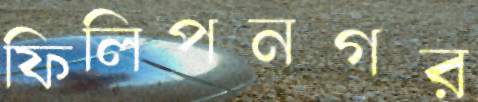
ফিলিপনগর